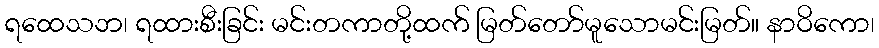
ရထေသဘ၊ ရထားစီးခြင်း မင်းတကာတို့ထက် မြတ်တော်မူသောမင်းမြတ်။ နာဝိကော၊